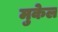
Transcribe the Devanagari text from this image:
मुकेल